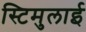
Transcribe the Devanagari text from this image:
स्टिमुलाई